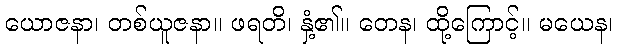
ယောဇနာ၊ တစ်ယူဇနာ။ ဖရတိ၊ နှံ့၏။ တေန၊ ထို့ကြောင့်။ မယေန၊